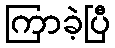
ကြာခဲ့ပြီ